kultuurilooline_kollektsioon, lk 5
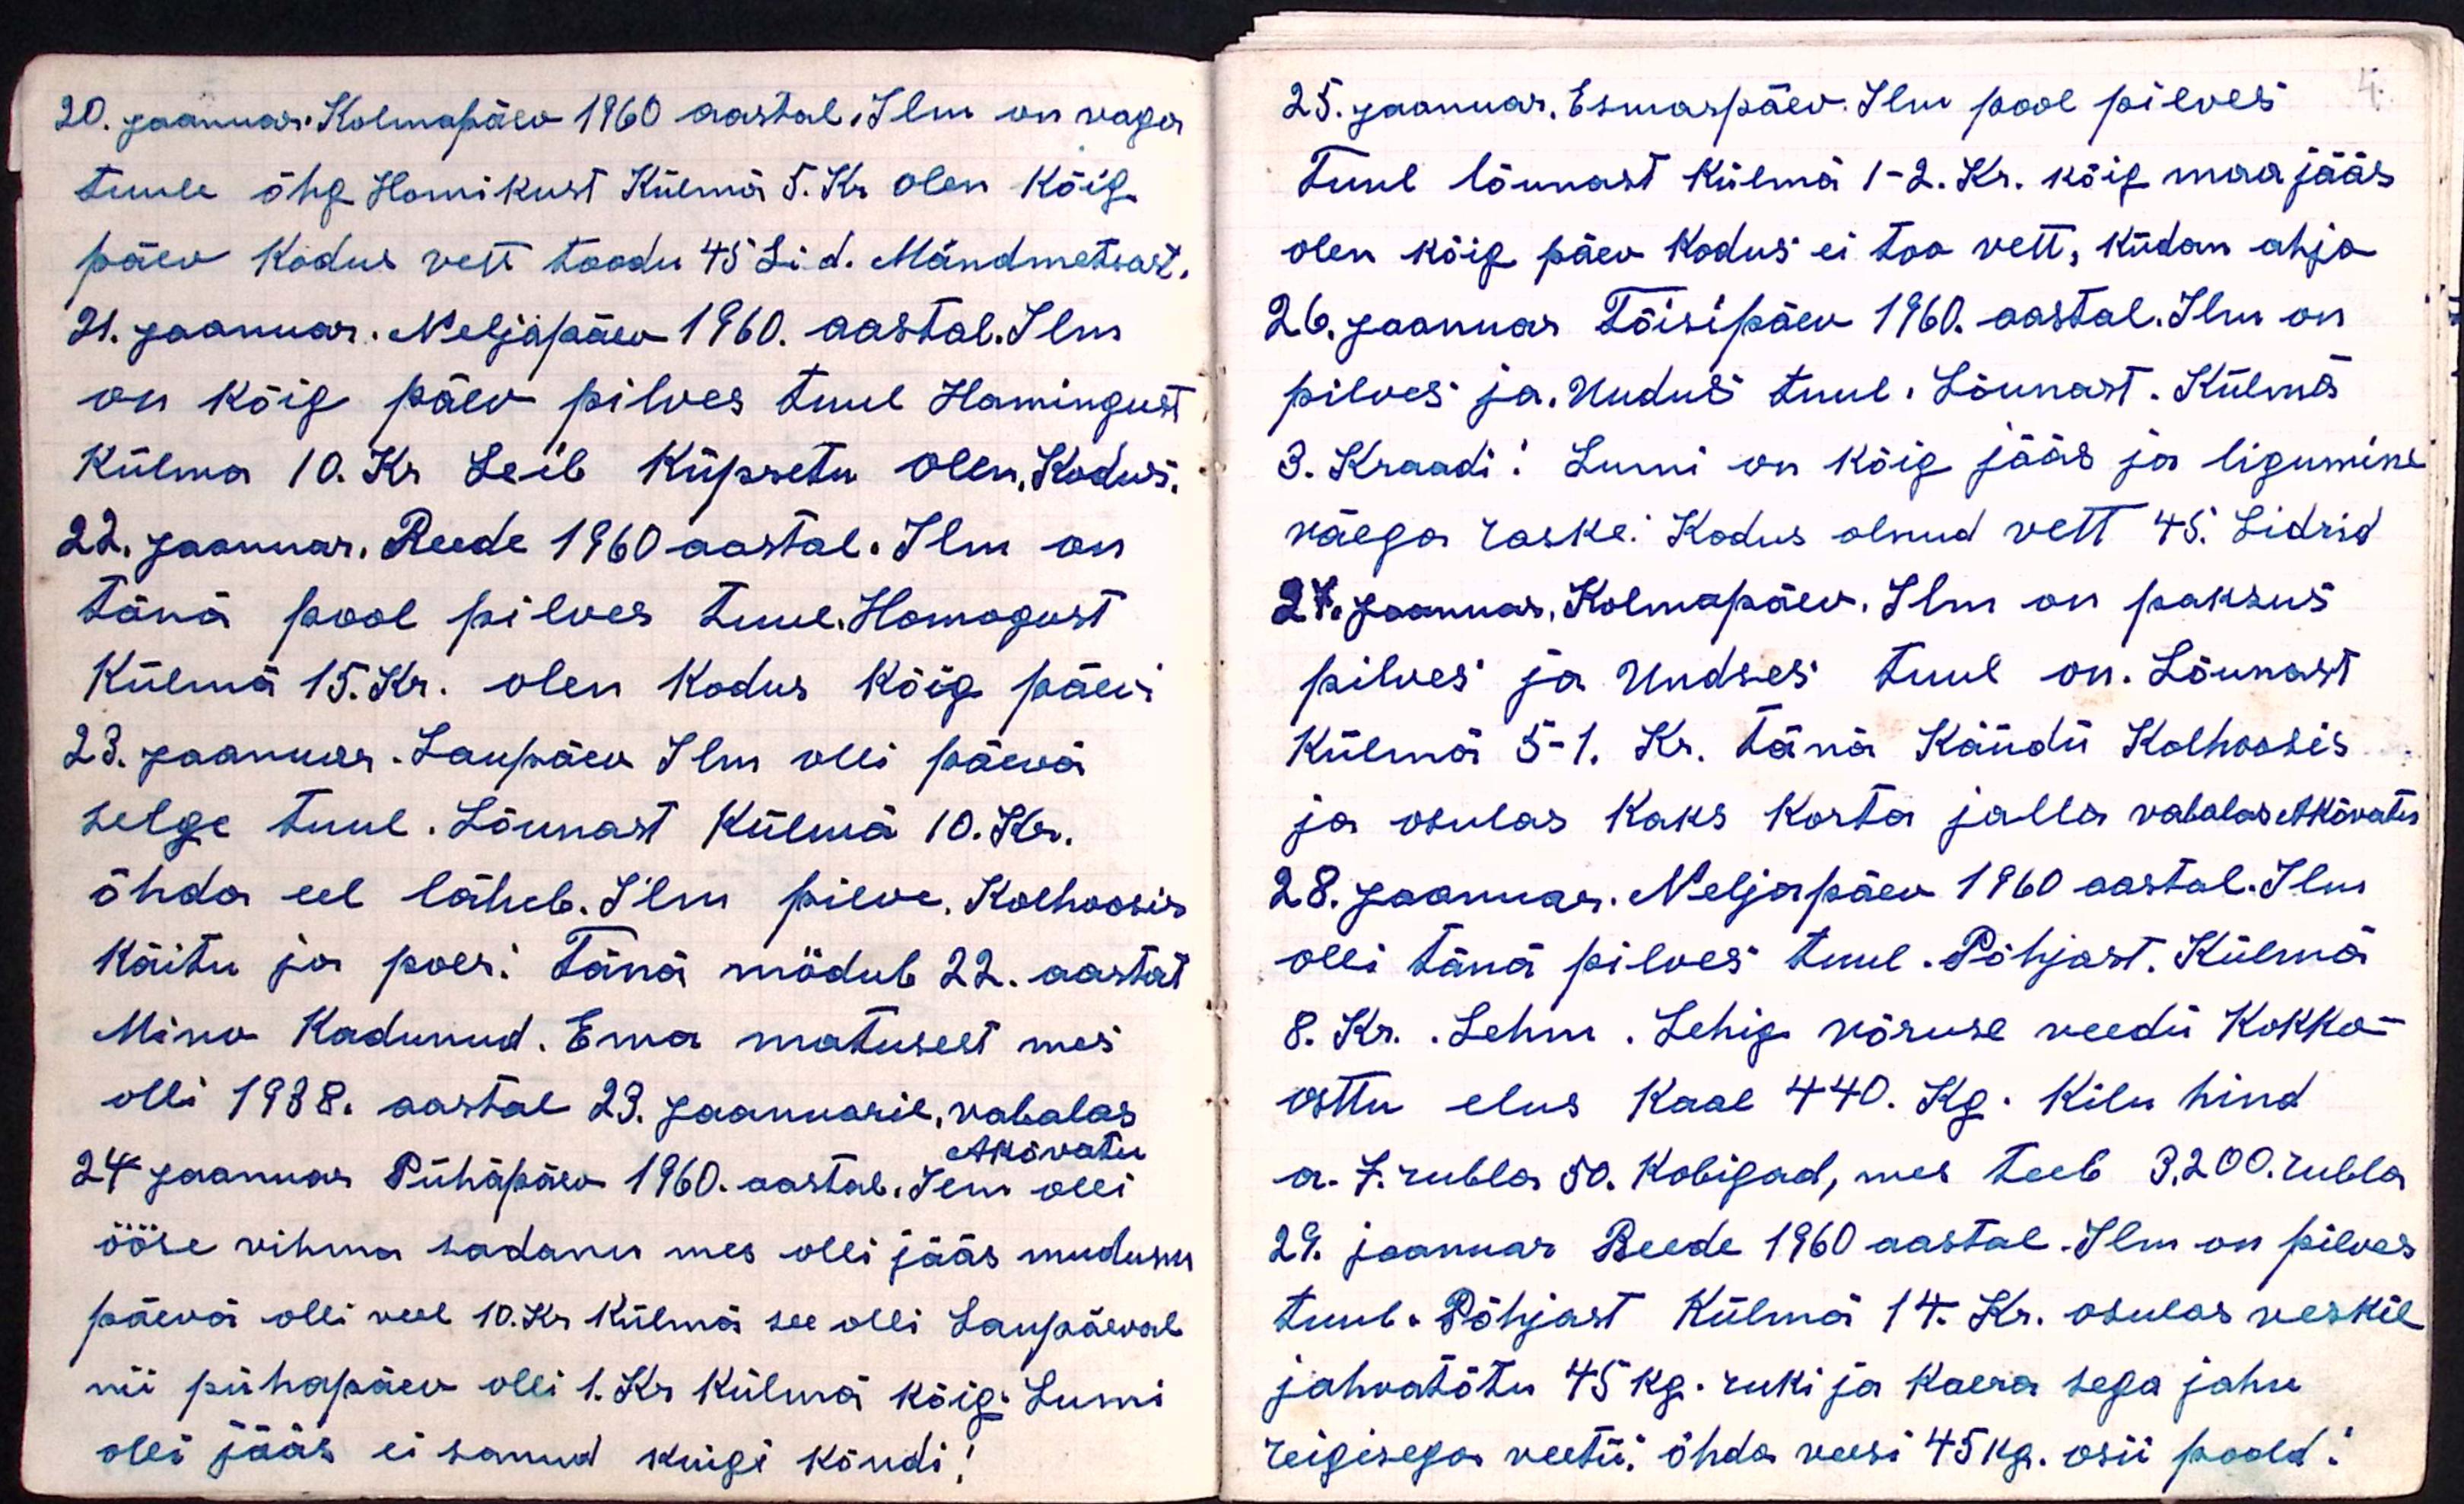
20. Jaanuar. Kolmapäev 1960 aastal. Ilm on vaga
tuule õhg Homikust Külmä 5. Kr olen kõig
päev Kodus vett toodu 45 Li d. Mändmetsast.
21. Jaanuar. Neljapäev 1960. aastal. Ilm
on kõig päev pilves tuul Homingust
Külma 10. Kr Leib Küpsetu Olen, Kodus:
22. Jaanuar. Reede 1960 aastal. Ilm on
tänä pool pilves tuul. Homogust
Külmä 15. Kr. olen kodus kõig päevi
23. Jaanuar. Laupäev Ilm olli päevä
selge tuul. Lõunast Külma 10. Kr.
õhda eel läheb. Ilm pilve. Kolhoosis
Käitu ja poes: Tänä mödub 22. aastat
Mino Kadunud. Ema matusest mes
olli 1938. aastal 23. Jaanuaril, vabalas
AKõvatu
24 Jaanuar Pühapäev 1960. aastal. Ilm olli
ööse vihma sadanu mes olli jääs mudunu
päeva olli veel 10. Kr. Külmä see olli Laupäeval
nii pühapäev olli 1. Kr. Külma kõig. Lumi
olei jääb ei sanud kuigi kõndi!

25. Jaanuar. Esmaspäev. Ilm pool pilves
Tuul lõunast külma 1-2. Kr. kõig maa jääs
olen kõig päev kodus ei too vett, küdan ahjo
26. Jaanuar Tõisipäev 1960. aastal. Ilm on
pilves ja. Uudus tuul. Lõunast. Külma
3. Kraadi: Lumi on kõig jääs ja ligumine
väega raske: Kodus olnud vett 45. Lidrid
27 Jaanuar. Kolmapäev. Ilm on paksus
pilves ja Undses tuul on. Lõunast
Külmä 5-1. Kr. tänä Käüdü Kolhoosis
ja osulas Kaks Korta jalla vabalas AKõvatu
28. Jaanuar. Neljapäev 1960 aastal. Ilm
olli tänä pilves tuul. Põhjast. Külmä
8. Kr. Lehm. Lehig võruse veedü Kokko-
osttu elus Kaal 440. Kg. Kilu hind-
a. 7 rubla 50. Kobigad, mis teeb 3.200. rubla
29. jaanuar Reede 1960 aastal. Ilm on pilves
tuul. Põhjast Külmä 14. Kr. osulas veskil
jahvatõtu 45 kg. ruki ja kaera sega jahu
reigisega veetu, õhda veesi 45 kg. osii poold!